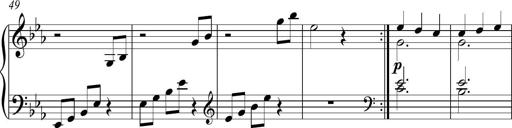
Title: Piano Sonatina in C
Composer: Daniel LÃ©o Simpson
Key: C major